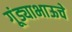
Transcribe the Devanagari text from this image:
गूंड्याभाऊचे